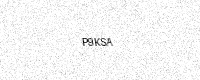
Text: P9KSA